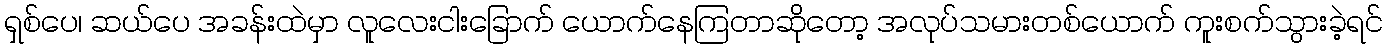
ရှစ်ပေ၊ ဆယ်ပေ အခန်းထဲမှာ လူလေးငါးခြောက် ယောက်နေကြတာဆိုတော့ အလုပ်သမားတစ်ယောက် ကူးစက်သွားခဲ့ရင်